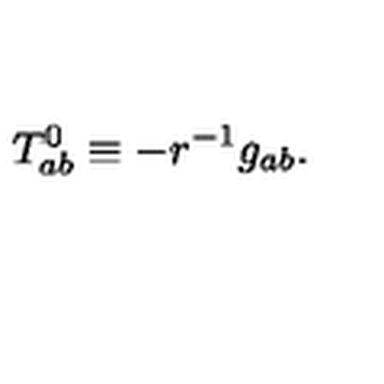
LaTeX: T _ { a b } ^ { 0 } \equiv - r ^ { - 1 } g _ { a b } .